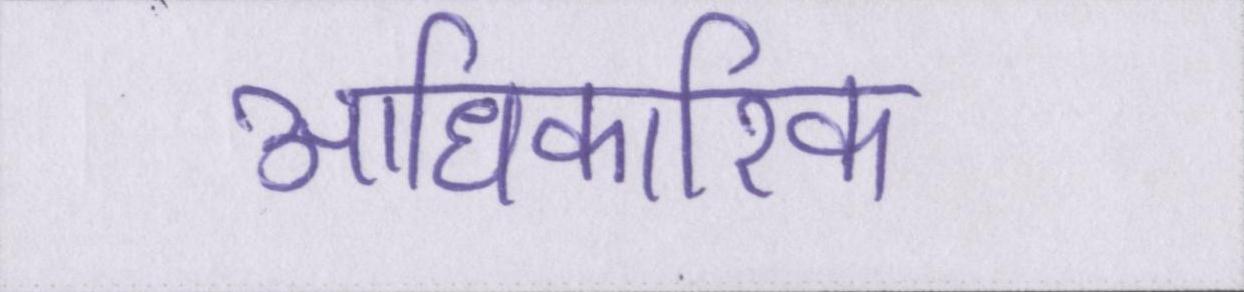
आधिकारिक